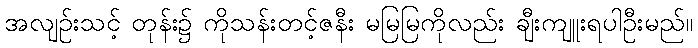
အလျဉ်းသင့် တုန်း၌ ကိုသန်းတင့်ဇနီး မမြမြကိုလည်း ချီးကျူးရပါဦးမည်။